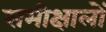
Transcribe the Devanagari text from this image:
समीक्षालों